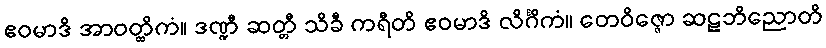
ဧဝမာဒိ အာဝတ္ထိကံ။ ဒဏ္ဍီ ဆတ္တီ သိခီ ကရီတိ ဧဝမာဒိ လိင်္ဂိကံ။ တေဝိဇ္ဇော ဆဠဘိညောတိ